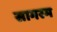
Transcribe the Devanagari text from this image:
सागरम